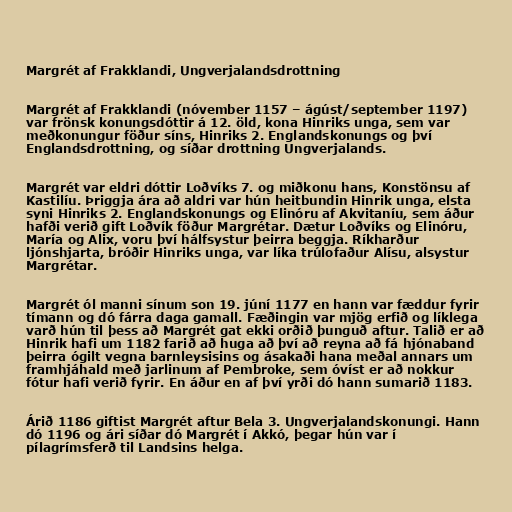
Margrét af Frakklandi, Ungverjalandsdrottning

Margrét af Frakklandi (nóvember 1157 – ágúst/september 1197)
var frönsk konungsdóttir á 12. öld, kona Hinriks unga, sem var
meðkonungur föður síns, Hinriks 2. Englandskonungs og því
Englandsdrottning, og síðar drottning Ungverjalands.

Margrét var eldri dóttir Loðvíks 7. og miðkonu hans, Konstönsu af
Kastilíu. Þriggja ára að aldri var hún heitbundin Hinrik unga, elsta
syni Hinriks 2. Englandskonungs og Elinóru af Akvitaníu, sem áður
hafði verið gift Loðvík föður Margrétar. Dætur Loðvíks og Elinóru,
María og Alix, voru því hálfsystur þeirra beggja. Ríkharður
ljónshjarta, bróðir Hinriks unga, var líka trúlofaður Alísu, alsystur
Margrétar.

Margrét ól manni sínum son 19. júní 1177 en hann var fæddur fyrir
tímann og dó fárra daga gamall. Fæðingin var mjög erfið og líklega
varð hún til þess að Margrét gat ekki orðið þunguð aftur. Talið er að
Hinrik hafi um 1182 farið að huga að því að reyna að fá hjónaband
þeirra ógilt vegna barnleysisins og ásakaði hana meðal annars um
framhjáhald með jarlinum af Pembroke, sem óvíst er að nokkur
fótur hafi verið fyrir. En áður en af því yrði dó hann sumarið 1183.

Árið 1186 giftist Margrét aftur Bela 3. Ungverjalandskonungi. Hann
dó 1196 og ári síðar dó Margrét í Akkó, þegar hún var í
pílagrímsferð til Landsins helga.